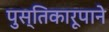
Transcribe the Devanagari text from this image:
पुस्तिकारूपाने